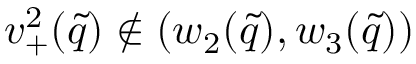
v _ { + } ^ { 2 } ( \tilde { q } ) \notin ( w _ { 2 } ( \tilde { q } ) , w _ { 3 } ( \tilde { q } ) )